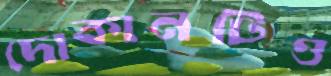
দোকানটিও